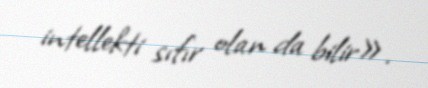
intellekti sıfır olan da bilir».